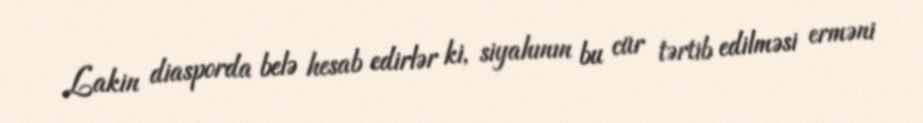
Lakin diasporda belə hesab edirlər ki, siyahının bu cür tərtib edilməsi erməni